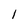
Character: l